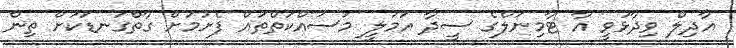
އާދިލް ވިދާޅުވީ އާ ޓާމިނަލްގެ ސީދާ އަމަލީ މަސައްކަތްތައް ފެށުމަށް ގާތްގަނޑަކަށް ތިން